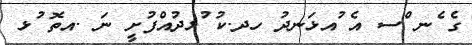
ގެ ެނ ްސ އެ ުއޅަނދު ހދ.ކު ުޅދުއްފުށީ ނަ .އތޮ ުޅ